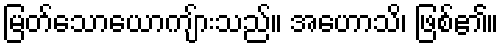
မြတ်သောယောကျ်ားသည်။ အဟောသိ၊ ဖြစ်၏။